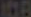
108